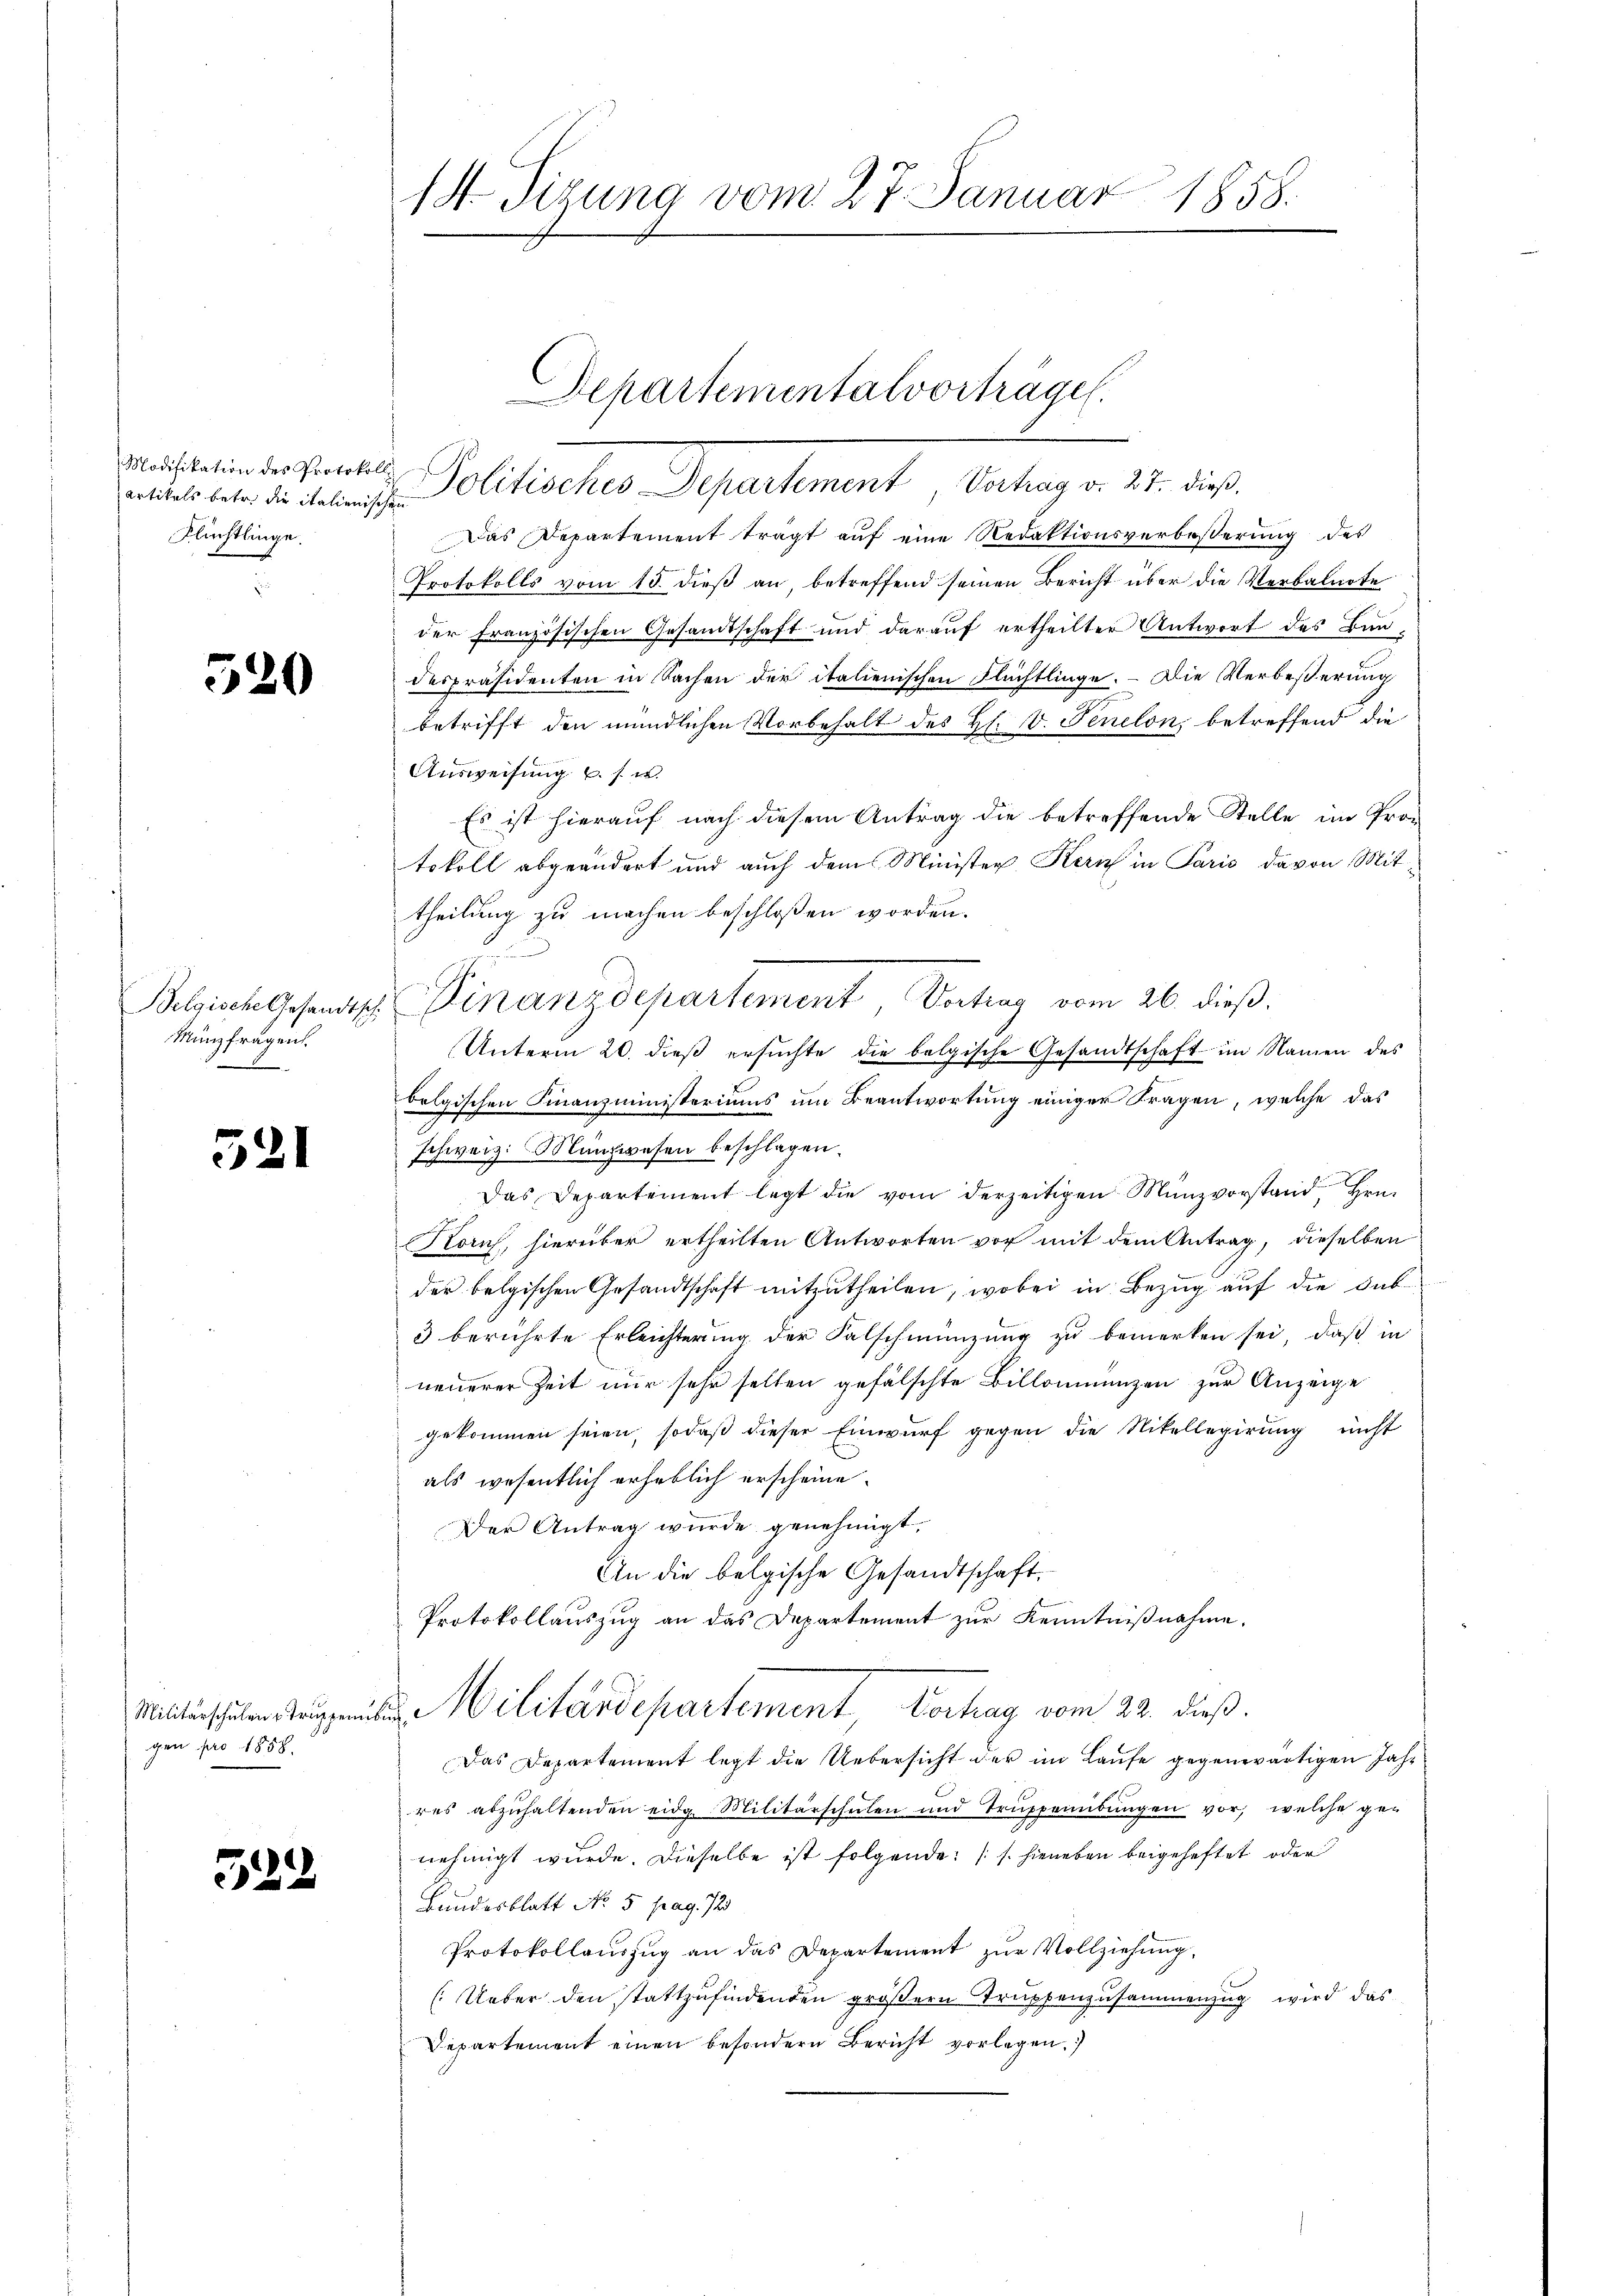
Modifikation des Protokolls
artikels betr. die italienischen
Flüchtlinge.

520

Belgische Gesandtsch
Münzfragen.
e

521

Militärschulen - Truppenn
gen pro 1858.

522

14. Sizung vom 27. Januar 1858.

Politisches Departement, Vortrag v. 27. dieß,
Das Departement trägt auf eine Redaktionsverbesserung des
Protokolls vom 15. dieß an, betreffend seinen Bericht über die Verbalnote
der Französischen Gesandtschaft und darauf ertheilter Antwort des Bundespräsidenten in Sachen der italienischen Flüchtlinge. – Die Verbeßerung
betrifft den mündlichen Vorbehalt des Hl. V. Fenelon, betreffend die
Ausweisung u. s. w.
Es ist hierauf nach diesem Antrag die betreffende Stelle im Pro-
tokoll abgeändert und auch dem Minister Kern in Paris davon Mit
theilung zu machen beschloßen worden.
Vinanzdepartement, Vortrag vom 26. dieß.
Unterm 20. dieß ersuchte die belgische Gesandtschaft im Namen des
belgischen Finanzministeriums um Beantwortung einiger Fragen, welche das
schweiz. Münzwesen beschlagen.
Das Departement legt die vom derzeitigen Münzvorstand Hrn.
Korf, hierüber ertheilten Antworten vor mit dem Antrag, dieselben
der belgischen Gesandtschaft mitzutheilen, wobei in Bezug auf die dab
3 berührte Erleichterung der Falschmünzung zu bemerken sei, daß in
neuerer Zeit nur sehr selben gefälschte Billonienzen zur Anzeige
gekommen seien, sodaß dieser Einwurf gegen die Nitellegierung nicht
als wesentlich erheblich erscheine.
Der Antrag wurde genehmigt,
An die belgische Gesandtschaft,
Protokollauszug an das Departement zur Kenntnißnahme.
Militärdepartement Vorhag vom 23. dieß.
ufe
Das Departement legt die Uebersicht der im Laufe gegenwärtigen Jahr
res abzŭhaltenden eidg. Militärschŭlen und Trŭppenbŭngen vor, welche ge-
nehmigt wurde. Dieselbe ist folgende (s. hieneben beigeheftet oder
Bandesblatt No 5 pag. 723.
Protokollaŭszŭg an das Departement zŭr Vollziehung,
(Ueber den stattzufindenden größern Trappenzusammenzug wird das
Departement einen besondern Bericht vorlegen.

Departementalvorträge.